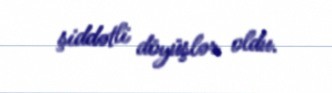
şiddətli döyüşlər oldu.